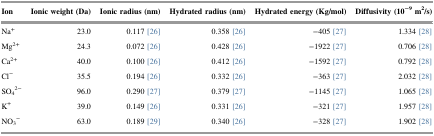
<table><thead><tr><td><b>Ion</b></td><td><b>Ionic weight (Da)</b></td><td><b>Ionic radius (nm)</b></td><td><b>Hydrated radius (nm)</b></td><td><b>Hydrated energy (Kg/mol)</b></td><td><b>Diffusivity (10<sup>−9</sup> m<sup>2</sup>/s)</b></td></tr></thead><tbody><tr><td>Na<sup>+</sup></td><td>23.0</td><td>0.117 [26]</td><td>0.358 [26]</td><td>−405 [27]</td><td>1.334 [28]</td></tr><tr><td>Mg<sup>2+</sup></td><td>24.3</td><td>0.072 [26]</td><td>0.428 [26]</td><td>−1922 [27]</td><td>0.706 [28]</td></tr><tr><td>Ca<sup>2+</sup></td><td>40.0</td><td>0.100 [26]</td><td>0.412 [26]</td><td>−1592 [27]</td><td>0.792 [28]</td></tr><tr><td>Cl<sup>−</sup></td><td>35.5</td><td>0.194 [26]</td><td>0.332 [26]</td><td>−363 [27]</td><td>2.032 [28]</td></tr><tr><td>SO<sub>4</sub><sup>2−</sup></td><td>96.0</td><td>0.290 [27]</td><td>0.379 [27]</td><td>−1145 [27]</td><td>1.065 [28]</td></tr><tr><td>K<sup>+</sup></td><td>39.0</td><td>0.149 [26]</td><td>0.331 [26]</td><td>−321 [27]</td><td>1.957 [28]</td></tr><tr><td>NO<sub>3</sub><sup>−</sup></td><td>63.0</td><td>0.189 [29]</td><td>0.340 [26]</td><td>−328 [27]</td><td>1.902 [28]</td></tr></tbody></table>